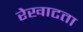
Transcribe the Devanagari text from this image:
रेखाटता